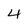
Character: 4